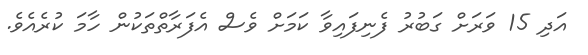
އަދި 15 ވަރަށް ގަބުރު ފެނިފައިވާ ކަމަށް ވެސް އެފަރާތްތަކުން ހާމަ ކުރެއެވެ.